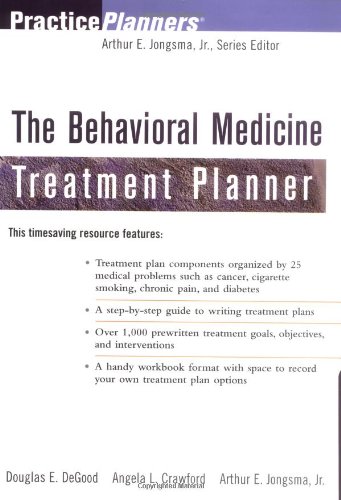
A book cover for The Behavioral Medicine Treatment Planner; Douglas E. DeGood; Medical Books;